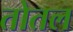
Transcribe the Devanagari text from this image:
तोतल